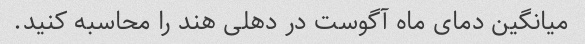
میانگین دمای ماه آگوست در دهلی هند را محاسبه کنید.